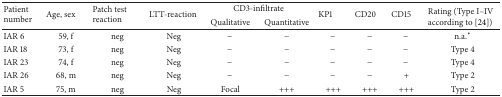
| <ROWSPAN=2> Patient number | <ROWSPAN=2> Age, sex | <ROWSPAN=2> Patch test reaction | <ROWSPAN=2> LTT-reaction | <COLSPAN=2> CD3-infiltrate | <ROWSPAN=2> KP1 | <ROWSPAN=2> CD20 | <ROWSPAN=2> CD15 | <ROWSPAN=2> Rating (Type I–IV according to [24]) |
 | Qualitative | Quantitative |
 | --- | --- | --- | --- | --- | --- | --- | --- | --- | --- |
 | IAR 6 | 59, f | neg | Neg | − | − | − | − | − | n.a.* |
 | IAR 18 | 73, f | neg | Neg | − | − | − | − | − | Type 4 |
 | IAR 23 | 74, f | neg | Neg | − | − | − | − | − | Type 4 |
 | IAR 26 | 68, m | neg | Neg | − | − | − | − | + | Type 2 |
 | IAR 5 | 75, m | neg | Neg | Focal | +++ | +++ | +++ | +++ | Type 2 |